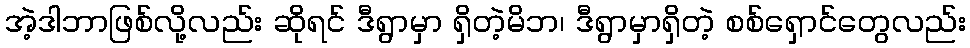
အဲ့ဒါဘာဖြစ်လို့လည်း ဆိုရင် ဒီရွာမှာ ရှိတဲ့မိဘ၊ ဒီရွာမှာရှိတဲ့ စစ်ရှောင်တွေလည်း